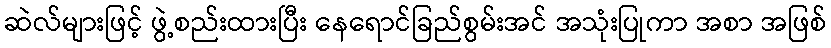
ဆဲလ်များဖြင့် ဖွဲ့စည်းထားပြီး နေရောင်ခြည်စွမ်းအင် အသုံးပြုကာ အစာ အဖြစ်